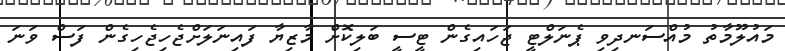
މައުލޫމާތު މުއްސަނދިވި ޕެނަލްޓީ ޖަހައިގެން ޓީސީ ބަލިކޮށް މާޒިޔާ ފައިނަލަށްޖެހިޖެހިގެން ފަސް ވަނަ